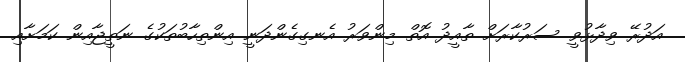
އަދުރޭ ވިދާޅުވީ ސަރުކާރަށް ތާއީދު އޮތް މިންވަރު އެނގިގެންދަނީ އިންތިހާބުތަކުގެ ނަތީޖާއިން ކަމަށާއި